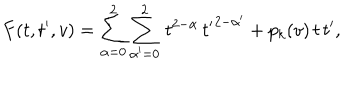
F ( t , t ^ { \prime } , v ) = \sum _ { \alpha = 0 } ^ { 2 } \sum _ { \alpha ^ { \prime } = 0 } ^ { 2 } \, t ^ { 2 - \alpha } \, { t ^ { \prime } } ^ { 2 - \alpha ^ { \prime } } + p _ { k } ( v ) \, t \, t ^ { \prime } ,